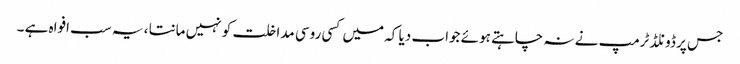
جس پر ڈونلڈ ٹرمپ نے نہ چاہتے ہوئے جواب دیا کہ میں کسی روسی مداخلت کو نہیں مانتا ، یہ سب افواہ ہے ۔